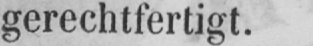
gerechtfertigt.